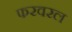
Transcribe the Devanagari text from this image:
फरवरल